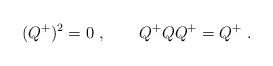
\begin{align*}(Q^+)^2=0\ ,\qquad Q^+QQ^+=Q^+\ . \end{align*}